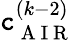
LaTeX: \mathtt{c}_{\mathrm{{~A~I~R~}}}^{(k-2)}